Assam Mental Hospital (Tezpur, India) - 1933-1948
Year: 1933
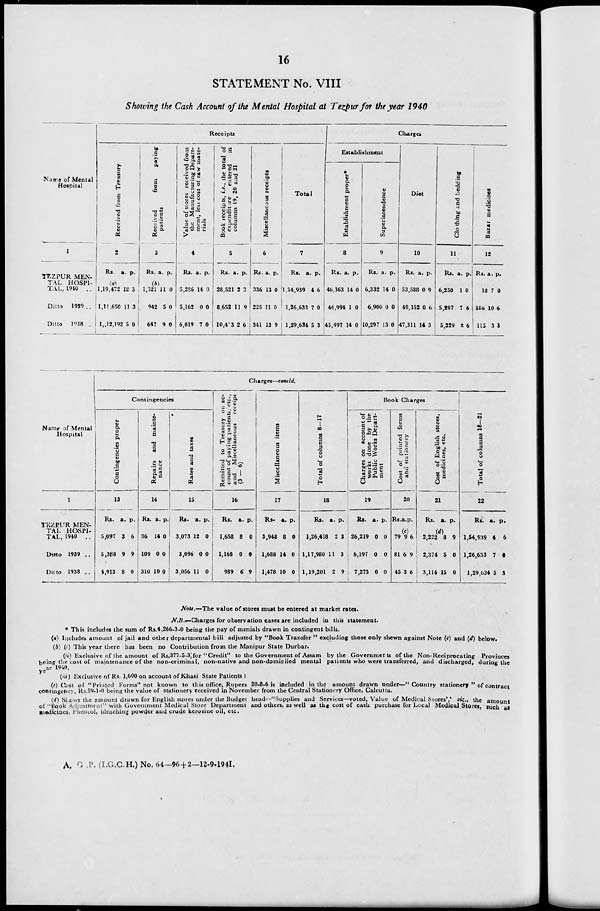
16
STATEMENT No. VIII
Showing the Cash Account of the Mental Hospital at Tezpur for the year 1940
Name of Mental
Hospital
1
TEZPUR MEN-
TAL HOSPI-
TAL, 1940 . .
Ditto 1939 . .
Ditto
1938 . .
Receipts
Received from Treasury
2
Rs. a. p.
(a)
1,19,472
1,11,650
1,12,192
12
11
5
3
3
0
Received
from
paying
patients
3
Rs. a. p.
(b)
1,321
942
647
11
5
9
0
0
0
Value of stores received from
the Manufacturing Depart-
ment, less cost of raw mate-
rials
4
Rs. a. p.
5,286
5,162
6,019
14
0
7
0
0
0
Book receipts, i.e., the total of
expenditure
entered
in
columns 19, 20 and 21
5
Rs. a. p.
28,521
8,652
10,433
2
11
2
3
9
6
Miscellaneous receipts
6
Rs. a. p.
336
225
341
13
11
13
0
0
9
Total
7
Rs.
a. p.
1,54,939
1,26,633
1,29,634
4
7
5
6
0
3
Charges
Establishment
Establishment proper*
8
Rs. a. p.
46,363
44,994
45,497
14
1
14
0
0
0
Superintendence
9
Rs. a. p.
6,332
6,900
10,297
14
0
13
0
0
0
Diet
10
Rs. a. p.
53,588
49,152
47,311
0
0
14
9
6
3
Clothing and bedding
11
Rs. a. p.
6,250
5,297
5,229
1
7
8
0
6
6
Bazar medicines
12
Rs. a. p.
18
196
115
7
10
3
0
6
3
Name of Mental
Hospital
1
TEZPUR MEN-
TAI. HOSPI-
TAL, 1940 ..
Ditto 1939 ..
Ditto 1938 ..
Charges—concld.
Contingencies
Contingencies proper
13
Rs. a. p.
5,097
5,388
4,913
3
9
8
6
9
0
Repairs
and mainte-
nance
14
Rs. a. p.
86
109
310
14
0
10
0
0
0
Rates and taxes
15
Rs. a. p.
3,073
3,096
3,056
12
0
11
0
0
0
Remitted to Treasury on ac-
count of paying patients, etc.,
and Miscellaneous
receipt
(3-6)
16
Rs. a. p.
1,658
1,168
989
8
0
6
0
0
9
Miscellaneous items
17
Rs.
a. p.
3,948
1,688
1,478
8
14
10
0
0
0
Total of columns 8—17
18
Rs. a. p.
1,26,418
1,17,980
1,19,201
2
11
2
3
3
9
Book Charges
Charges on account of
works done by the
Public Works Depart-
ment
19
Rs. a. p.
26,219
6,197
7,273
0
0
0
0
0
0
Cost of printed forms
and stationery
20
Rs. a. p.
(c)
79
81
45
9
6
3
6
9
6
Cost of English stores,
medicines, etc.
21
Rs. a. p.
(d)
2,222
2,374
3,114
8
5
15
9
0
0
Total of columns 18—21
22
Rs. a. p.
1,54,939
1,26,633
1,29,634
4
7
5
6
0
3
Note.—The value of stores must be entered at market rates.
N.B.-Charges for observation cases are included in this statement.
* This includes the sum of Rs.4,266-3-0 being the pay of menials drawn in contingent bills.
(a) Includes amount of jail and other departmental bill adjusted by "Book Transfer " excluding those only shewn against Note (c) and (d) below.
(b) (i) This year there has been no Contribution from the Manipur State Durbar.
(ii) Exclusive of the amount of Rs.377-5-3 for "Credit" to the Government of Assam by the Governments of the Non-Reciprocating Provinces
being the cost of maintenance of the non-criminal, non-native and non-domiciled mental patients who were transferred, and discharged, during the
year 1940.
(iii) Exclusive of Rs. 1,600 on account of Khasi State Patients:
(c) Cost of "Printed Forms" not known to this office, Rupees 20-8-6 is included in the amount drawn under—." Country stationery " of contract
contingency, Rs.59-1-0 being the value of stationery received in November from the Central Stationery Office, Calcutta.
(d) Shows the amount drawn for English stores under the Budget head—"Supplies and Services—voted, Value of Medical Stores',' viz., the amount
of "Book Adjustment" with Government Medical Store Department and others, as well as the cost of cash purchase for Local Medical Stores, such as
medicines, Pheneol, bleaching powder and crude kerosine oil, etc.
A. G. P. (I.G.C.H.) No. 64—96+2—12-9-1941.